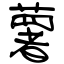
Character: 薯